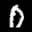
Label: 0